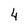
Character: 4